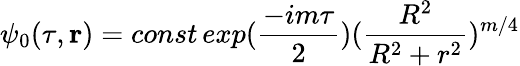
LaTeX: \psi_{0}(\tau,{\mathbf r})=const\, exp(\frac{-im\tau}{2})(\frac{R^{2}}{R^{2}+r^{2}})^{m/4}